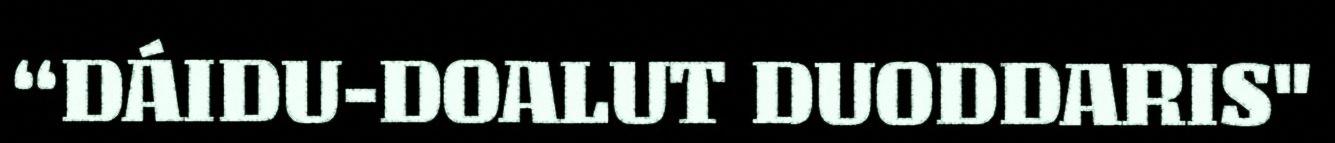
“DÁIDU-DOALUT DUODDARIS"